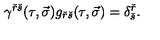
\gamma ^ { \check { r } \check { s } } ( \tau , \vec { \sigma } ) g _ { \check { r } \check { s } } ( \tau , \vec { \sigma } ) = \delta _ { \check { s } } ^ { \check { r } } .